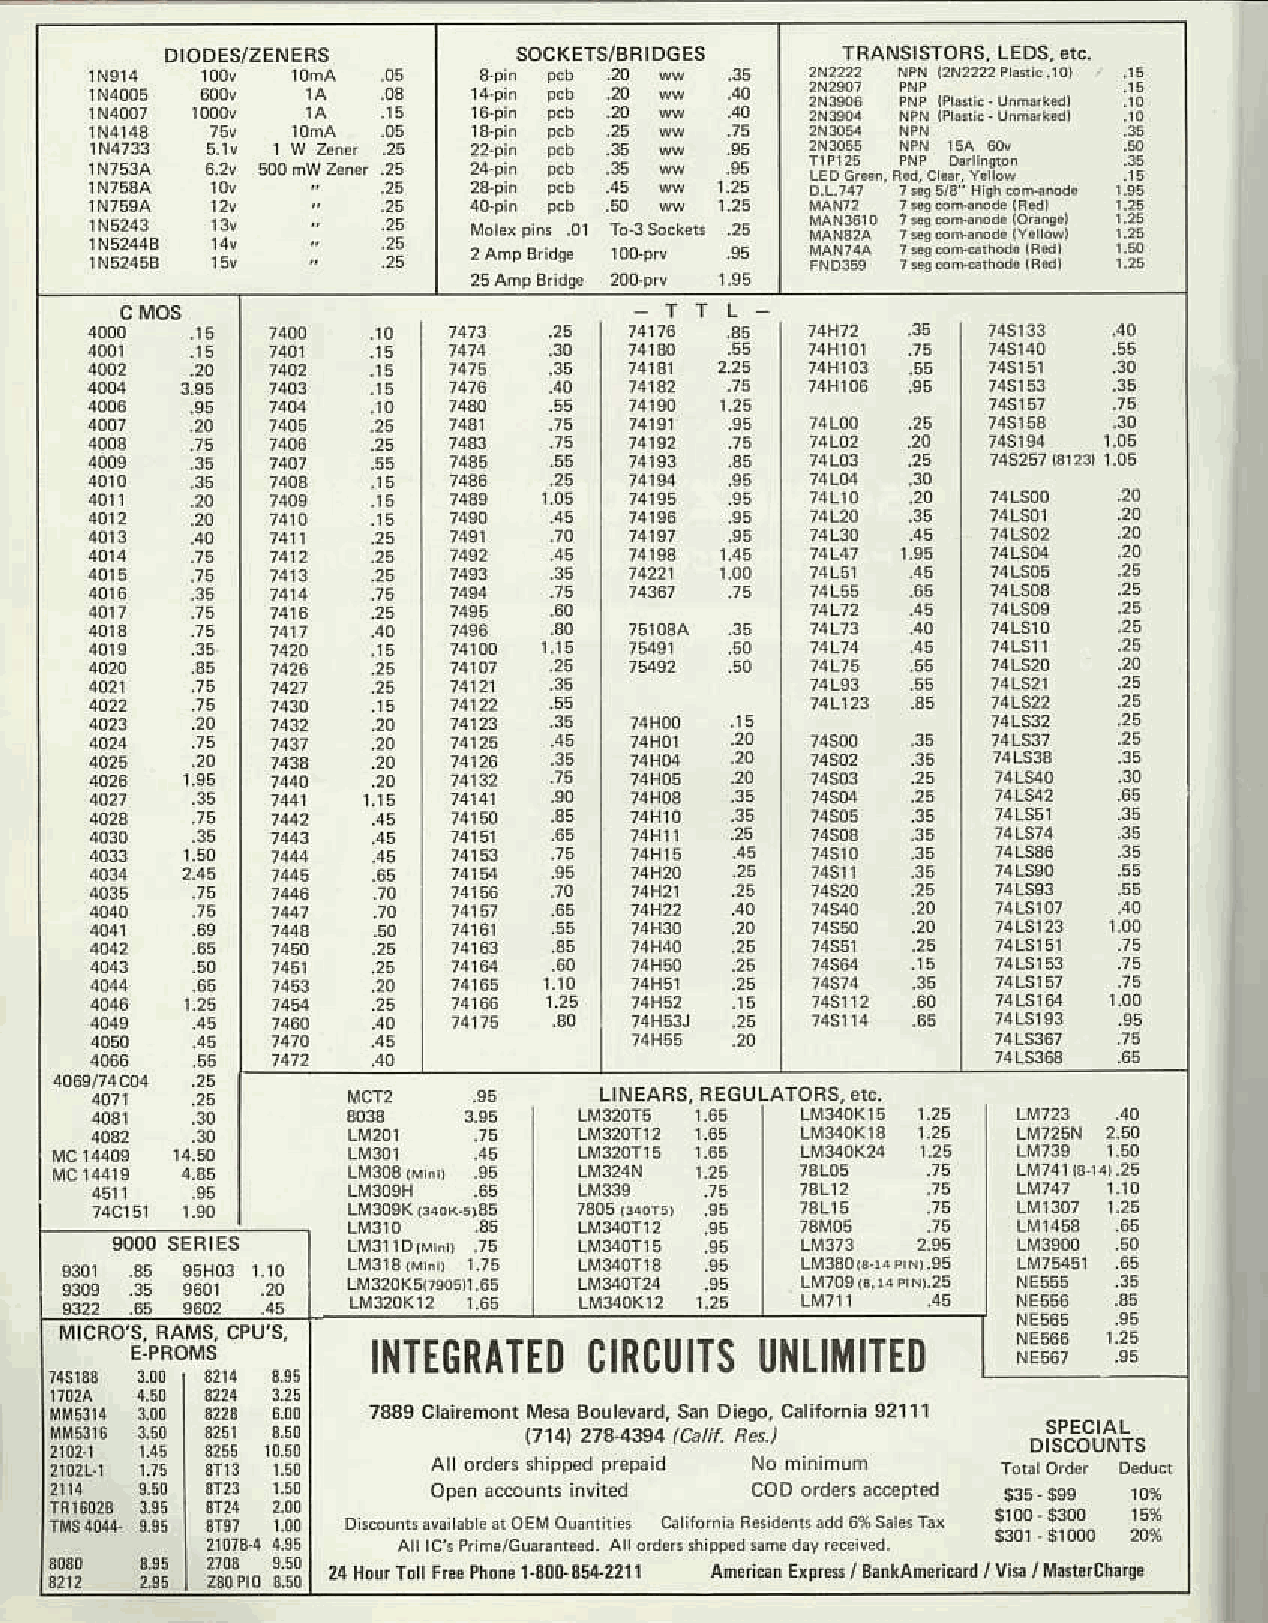
LINEARSF,E CUU TORS,A IC.
 I  LMrf6   r.66 | dsoK15  r.6
 !yt!-45, !:
 _1r39!!3__r.!1
 I}ITEGTREAIC}    tncl|fist| ]{uiilTED
 t7t4t 2741394 lAtif. B4.l
 hdai E4ra / &*Anri6d